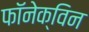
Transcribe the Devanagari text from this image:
फॉनेक्विन